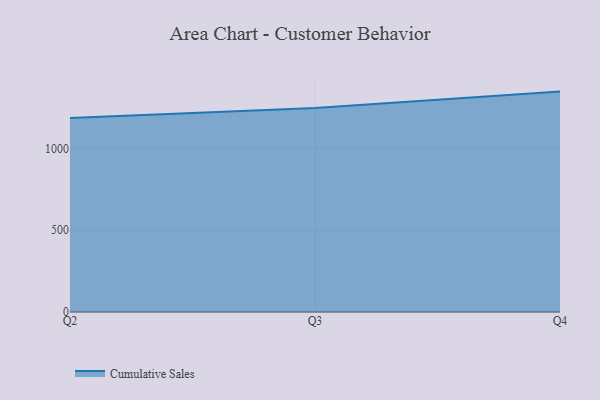
{"axis": {"x": "Quarter", "y": "Active Users"}, "legend": ["Cumulative Sales"], "data": [{"x": "Q2", "y": 1184.9, "type": "Cumulative Sales"}, {"x": "Q3", "y": 1247.2, "type": "Cumulative Sales"}, {"x": "Q4", "y": 1347.0, "type": "Cumulative Sales"}]}